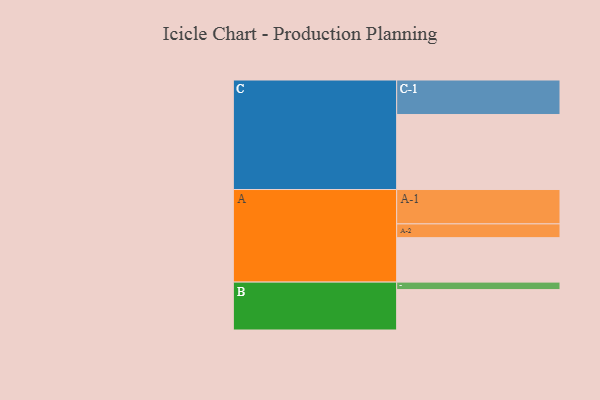
{"axis": {"x": "Segment", "y": "Value"}, "legend": ["", "A", "B", "C"], "data": [{"x": "A", "y": 339, "type": ""}, {"x": "B", "y": 308, "type": ""}, {"x": "C", "y": 572, "type": ""}, {"x": "A-1", "y": 262, "type": "A"}, {"x": "A-2", "y": 105, "type": "A"}, {"x": "B-1", "y": 57, "type": "B"}, {"x": "C-1", "y": 263, "type": "C"}]}